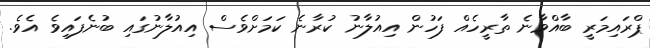
ޕްރައިމަރީ ބާއްވާނެ ތާރީހެއް ފަހުން އިއުލާނު ކުރާނެ ކަމަށްވެސް އިއުލާނުގައި ބުނެފައިވެ އެވެ.